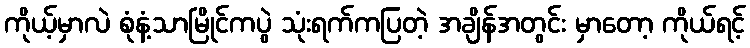
ကိုယ့်မှာလဲ စုံနံ့သာမြိုင်ကပွဲ သုံးရက်ကပြတဲ့ အချိန်အတွင်း မှာတော့ ကိုယ်ရင့်